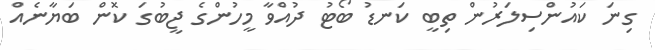
ގިނަ ކައުންސިލަރުން ތިބީ ކަނޑު ބޯޓު ދުއްވާ މީހުންގެ ޖީބުގަ ކޮން ބަޔާނެއް